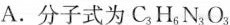
A.分子式为C_{3}H_{6}N_{3}O_{3}